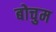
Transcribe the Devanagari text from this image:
बोचुम